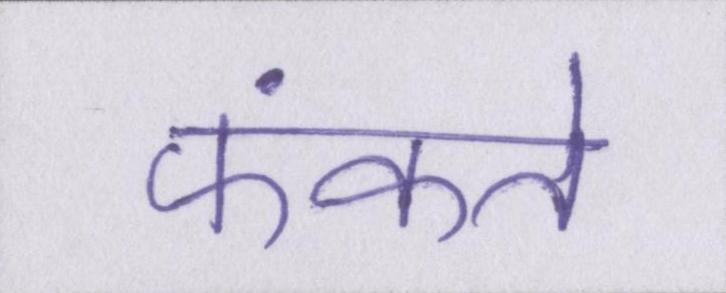
फेंकते